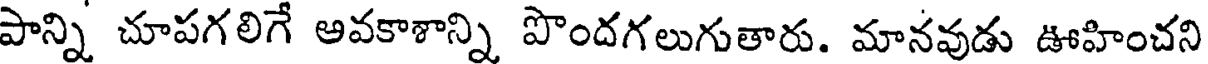
పాన్ని చూపగలిగే అవకాశాన్ని పొందగలుగుతారు. మానవుడు ఊహించని